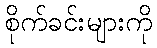
စိုက်ခင်းများကို